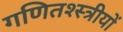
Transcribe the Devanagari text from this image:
गणितश्स्त्रीयों